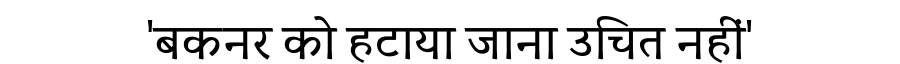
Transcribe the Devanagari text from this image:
'बकनर को हटाया जाना उचित नहीं'